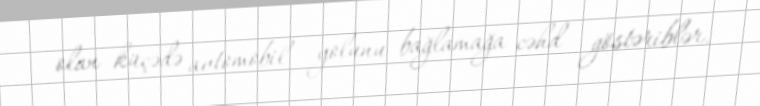
olan küçədə avtomobil yolunu bağlamağa cəhd göstəriblər.